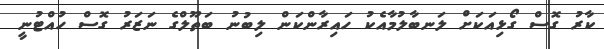
ކާރު ގޮސް ގޯޅިއަކަށް ލަނބާލުމާއެކު ހައިރާންކަން ލިބުނު ބަތޫލްގެ ނަޒަރު ގޮސް ހުއްޓުނީ